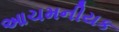
આચમનીયક